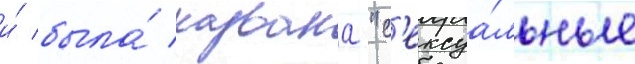
и́ была́ названа "с'ексуа́льные